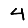
Digit: 4